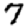
Digit: 7